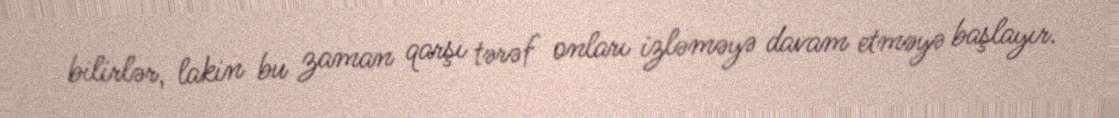
bilirlər, lakin bu zaman qarşı tərəf onları izləməyə davam etməyə başlayır.